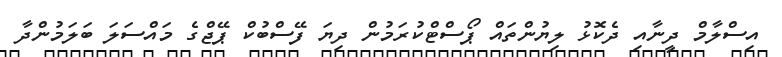
އިސްލާމް ދީނާއި ދެކޮޅު ލިޔުންތައް ޕޯސްޓްކުރަމުން ދިޔަ ފޭސްބުކް ޕޭޖްގެ މައްސަލަ ބަލަމުންދާ